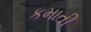
કમાતી